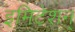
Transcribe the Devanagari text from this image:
इमिटेशन्